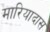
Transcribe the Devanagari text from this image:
मारियादास